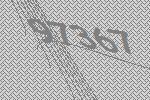
97367